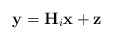
\begin{align*}\mathbf{y}=\mathbf{H}_i \mathbf{x} + \mathbf{z}\end{align*}